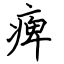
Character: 痺